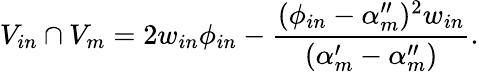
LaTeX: V_{in}\cap V_{m}=2w_{in}\phi_{in}-\frac{(\phi_{in}-\alpha_{m}^{\prime\prime})^{2}w_{in}}{(\alpha_{m}^{\prime}-\alpha_{m}^{\prime\prime})}.